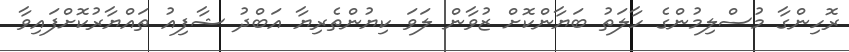
ރޮހިންގާ މުސްލިމުންގެ ހާލަތު ބަޔާންކޮށް ޒުވާން ލަވަ ކިޔުންތެރިޔާ އަބްދު ޝާފިއު ތައްޔާރުކޮށްފައިވާ